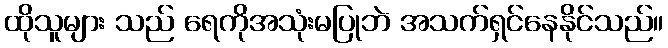
ထိုသူများ သည် ရေကိုအသုံးမပြုဘဲ အသက်ရှင်နေနိုင်သည်။